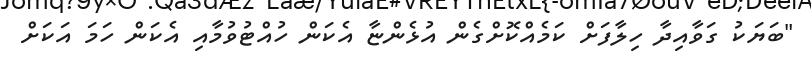
"ބަޔަކު ގަވާއިދާ ހިލާފަށް ކަމެއްކޮށްގެން އުޅެންޏާ އެކަން ހުއްޓުވުމާއި އެކަން ހަމަ އަކަށް